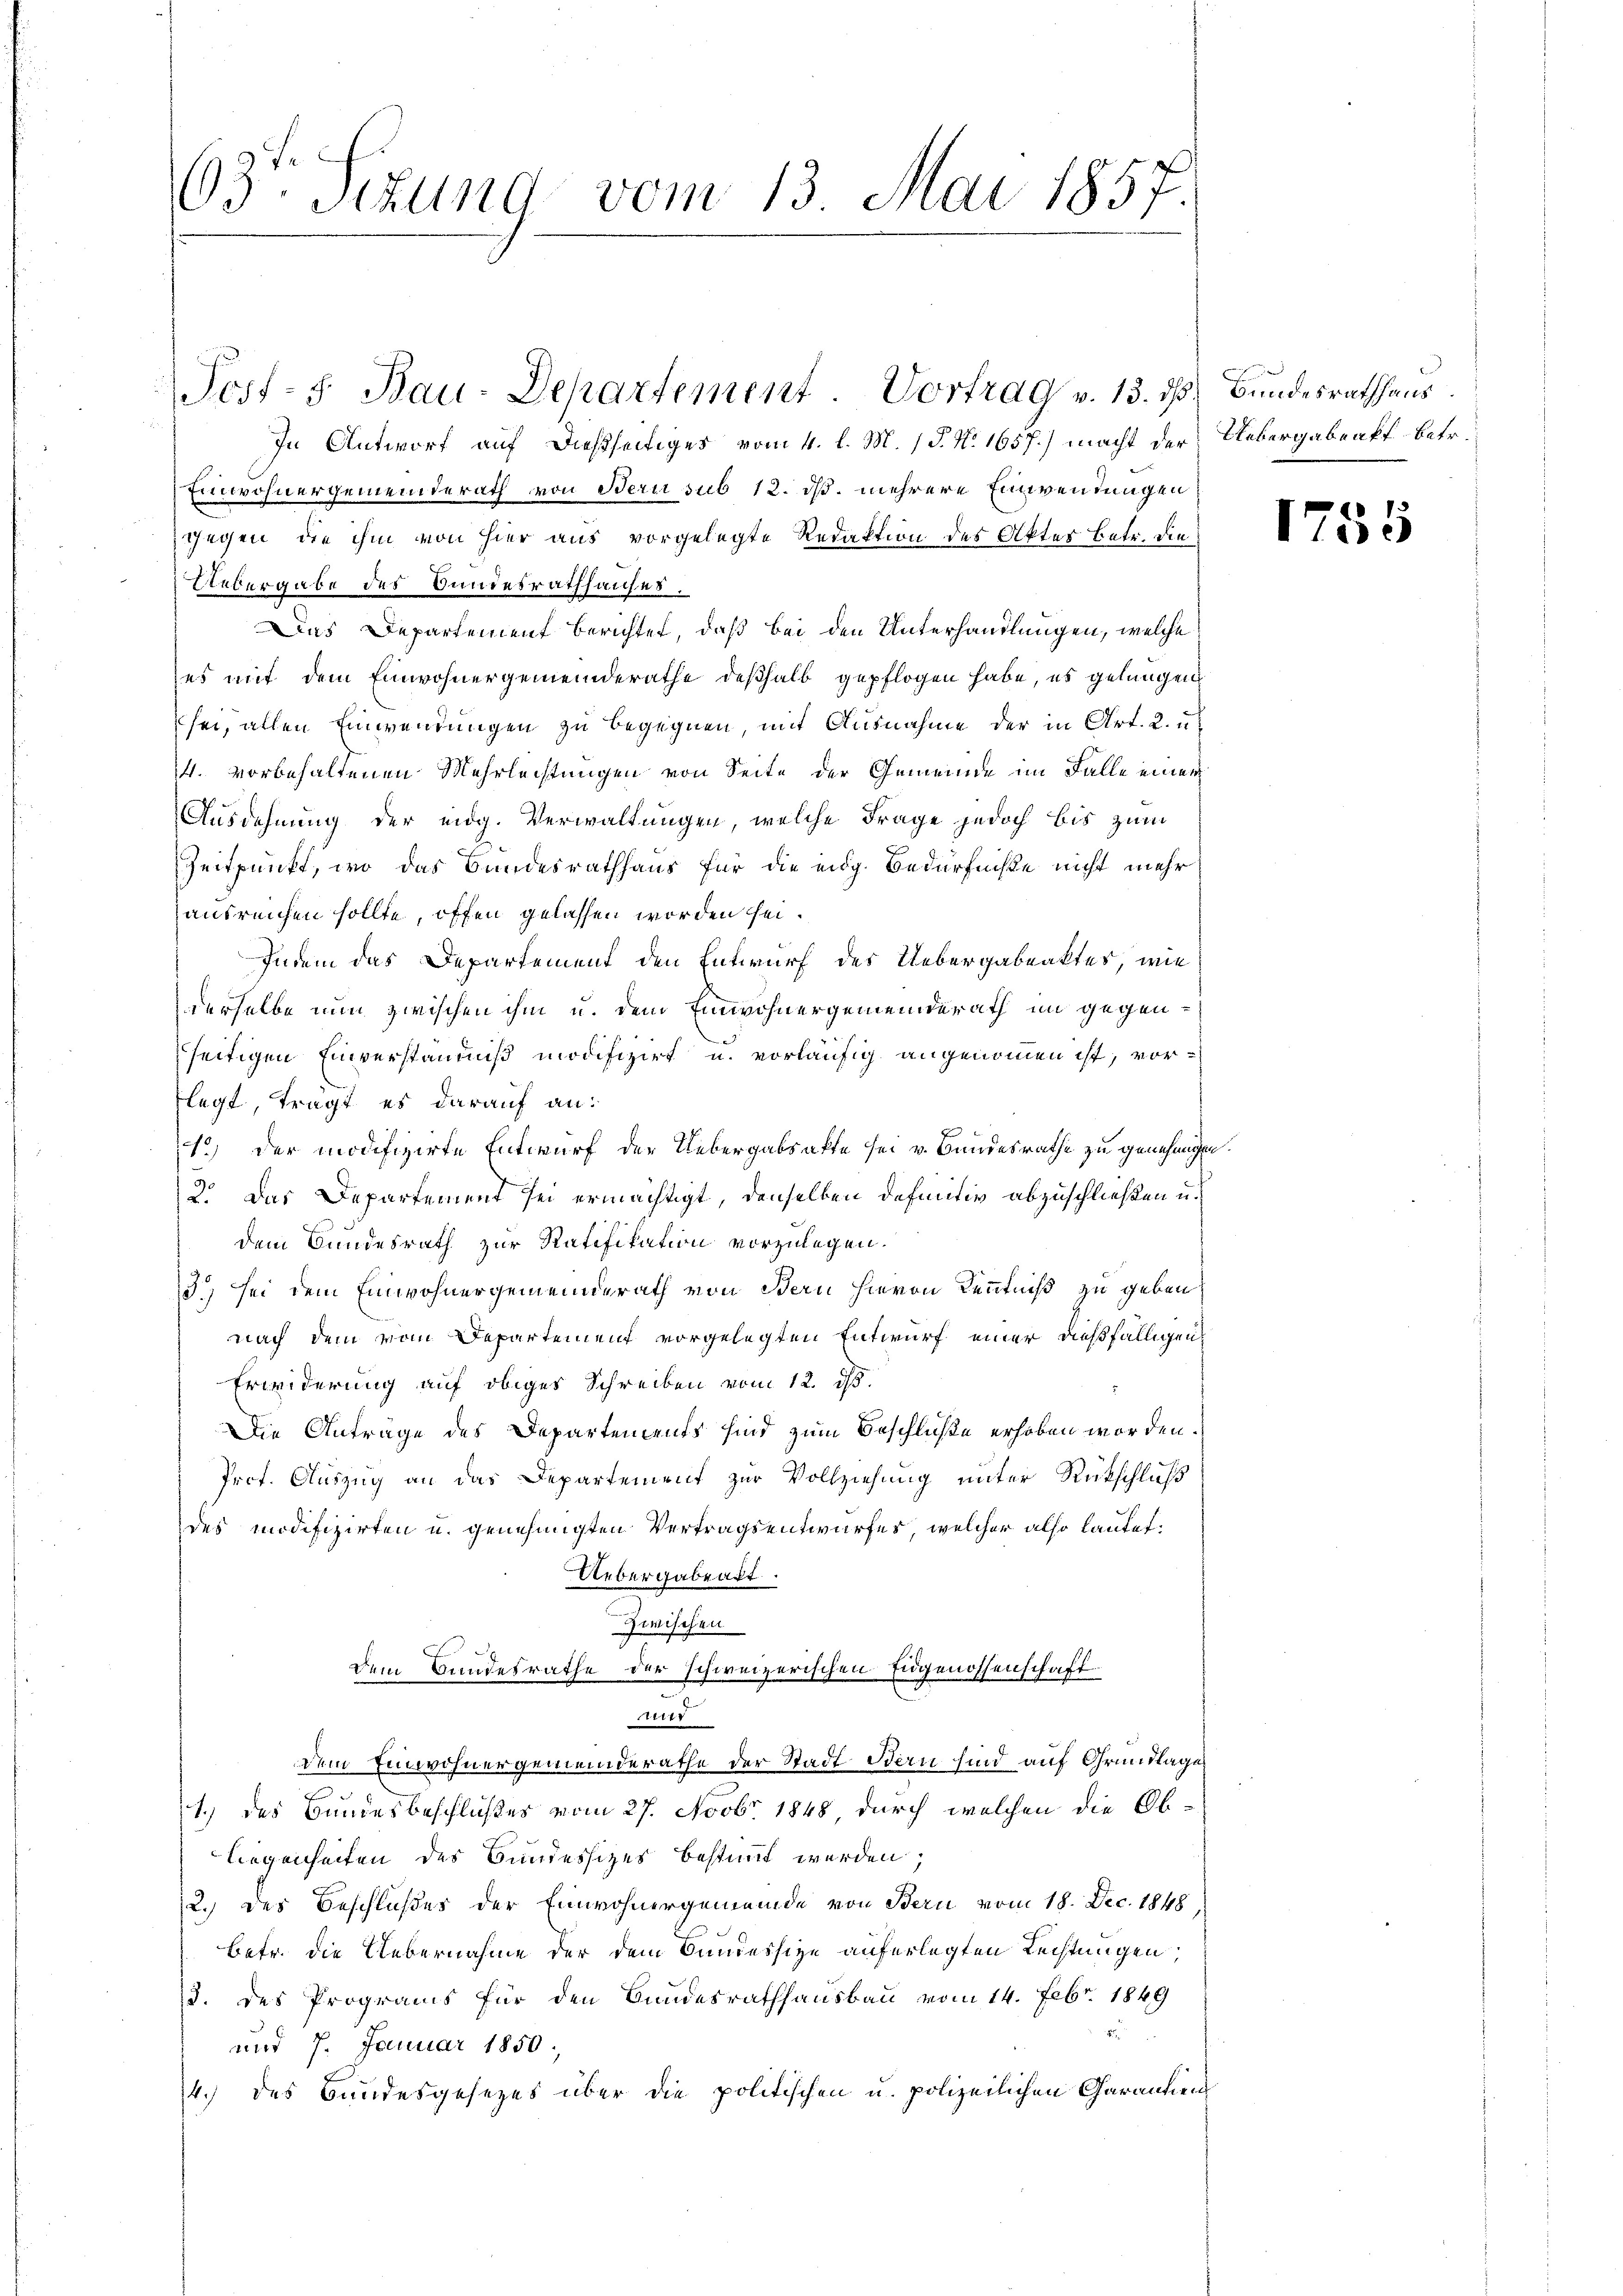
63t Sezung vom 13. Mai 1857.

Einwohnergemeinderath von Bern sub 12. ds. mehrere Einwendungen
gegen, die ihm von hier aus vorgelegte Redaktion des Aktes Betr. die
Uebergabe des Bundesrathhauses,
Das Departement berichtet, daß bei den Unterhandlungen, welche
es mit dem Einwohnergemeinderathe deßhalb gepflogen habe, es gelungen,
sei, allen Einwendungen zu begegnen, mit Ausnahme der in Art. 2. u
4. vorbehaltenen Mehrleistungen von Seite der Gemeinde im Falle einer
Ausdehnung der eidg. Verwaltungen, welche Frage jedoch bis zum
Zeitpunkt, wo das Bundesrathhaus für die eidg. Bedürfniße nicht mehr
ausreichen sollte, offen gelassen worden sei.
Indem das Departement den Entwurf des Uebergabeaktes, wie
derselbe nun zwischen ihm u. dem Einwohnergemeinderath im gegenseitigen Einverständniß modifizirt u. vorläufig angenommen ist, vorflegt, trägt es darauf an:
1.) Der modifizirte Entwurf der Uebergabsakte sei v. Bandesrathe zu genehmigen.
2. Das Departement sei ermächtigt, denselben definitiv abzuschließen u.
dem Bundesrath zur Ratifikation vorzulegen.
3.) Sei dem Einwohnergemeinderath von Bern hievon Kenntniß zu geben
nach dem vom Departement vorgelegten Entwurf einer dießfälligen
Erwiderung auf obiges Schreiben vom 12. d.
Die Anträge des Departements sind zum Beschluße erhoben worden.
Irct. Auszug an das Departement zur Vollziehung unter Rückschluß
des modifizirten u. genehmigten Vertragsentwurfes, welcher also lautet:
Uebergabeakt.
Zwischen
Dem Bundesrathe der schweizerischen Eidgenossenschaft
r
dem Einwohnergemeinderathe der Stadt Bern sind auf Grundlages
.
1.) des Bundesbeschlußes vom 27. Novbr. 1848 durch welchen die Ob¬
Liegenheiten des Bundessitzes bestimmt werden;
2.) des Beschlußes der Einwohnergemeinde von Bern vom 18. Dec. 1848,
betr. die Uebernahme der dem Bundessize auferlegten Rechtungen,
3. des Programs für den Bundesrathhausbau vom 14. Febr. 1849

und 7. Januar 1850.
14.) des Bundesgesezes über die politischen u. polizeilichen Carantien

Post-S. Bau-Departement. Vortrag v. 13. ds Bundesrathhaus
In Antwort auf dießseitiges vom 4. l. M. (T. N. 1657.) macht der Uebergabenkf-Betr.

1755